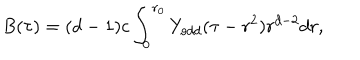
B ( \tau ) = ( d - 1 ) c \int _ { 0 } ^ { r _ { 0 } } Y _ { o d d } ( \tau - r ^ { 2 } ) r ^ { d - 2 } d r ,